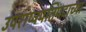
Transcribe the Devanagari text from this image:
उपराष्ट्रपतिपदाच्या